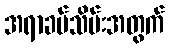
အရာခပ်သိမ်းအတွက်